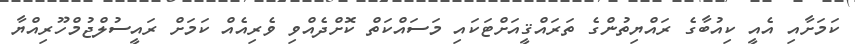
ކަމަށާއި އެއީ ކިއުބާގެ ރައްޔިތުންގެ ތަރައްޤީއަށްޓަކައި މަސައްކަތް ކޮށްދެއްވި ވެރިއެއް ކަމަށް ރައީސުލްޖުމްހޫރިއްޔާ